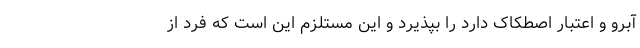
آبرو و اعتبار اصطکاک دارد را بپذیرد و این مستلزم این است که فرد از